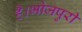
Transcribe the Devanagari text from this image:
है।भोजपुरी